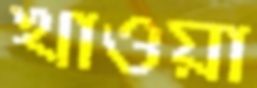
খাওয়া